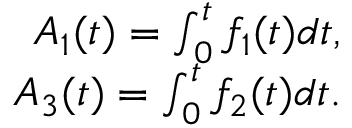
\begin{array} { r } { A _ { 1 } ( t ) = \int _ { 0 } ^ { t } f _ { 1 } ( t ) d t , } \\ { A _ { 3 } ( t ) = \int _ { 0 } ^ { t } f _ { 2 } ( t ) d t . } \end{array}